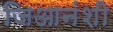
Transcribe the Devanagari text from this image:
जिआनंशी